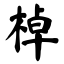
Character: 棹